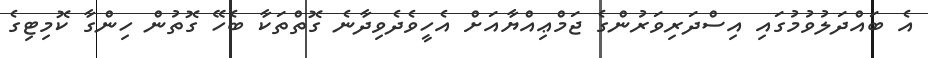
އެ ބައްދަލުވުމުގައި އިސްދަރިވަރުންގެ ޖަމްޢިއްޔާއަށް އެހީވެދެވިދާނެ ގޮތްތަކާ ބެހޭ ގޮތުން ހިންގާ ކޮމިޓިގެ